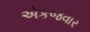
એકજવાર